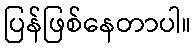
ပြန်ဖြစ်နေတာပါ။